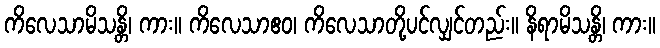
ကိလေသာမိသန္တိ၊ ကား။ ကိလေသာဧဝ၊ ကိလေသာတို့ပင်လျှင်တည်း။ နိရာမိသန္တိ၊ ကား။